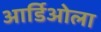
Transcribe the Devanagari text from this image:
आर्डिओला